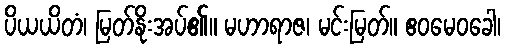
ပိယယိတံ၊ မြတ်နိုးအပ်၏။ မဟာရာဇ၊ မင်းမြတ်။ ဧဝမေဝခေါ၊